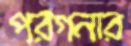
পরগনার